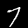
Digit: 7